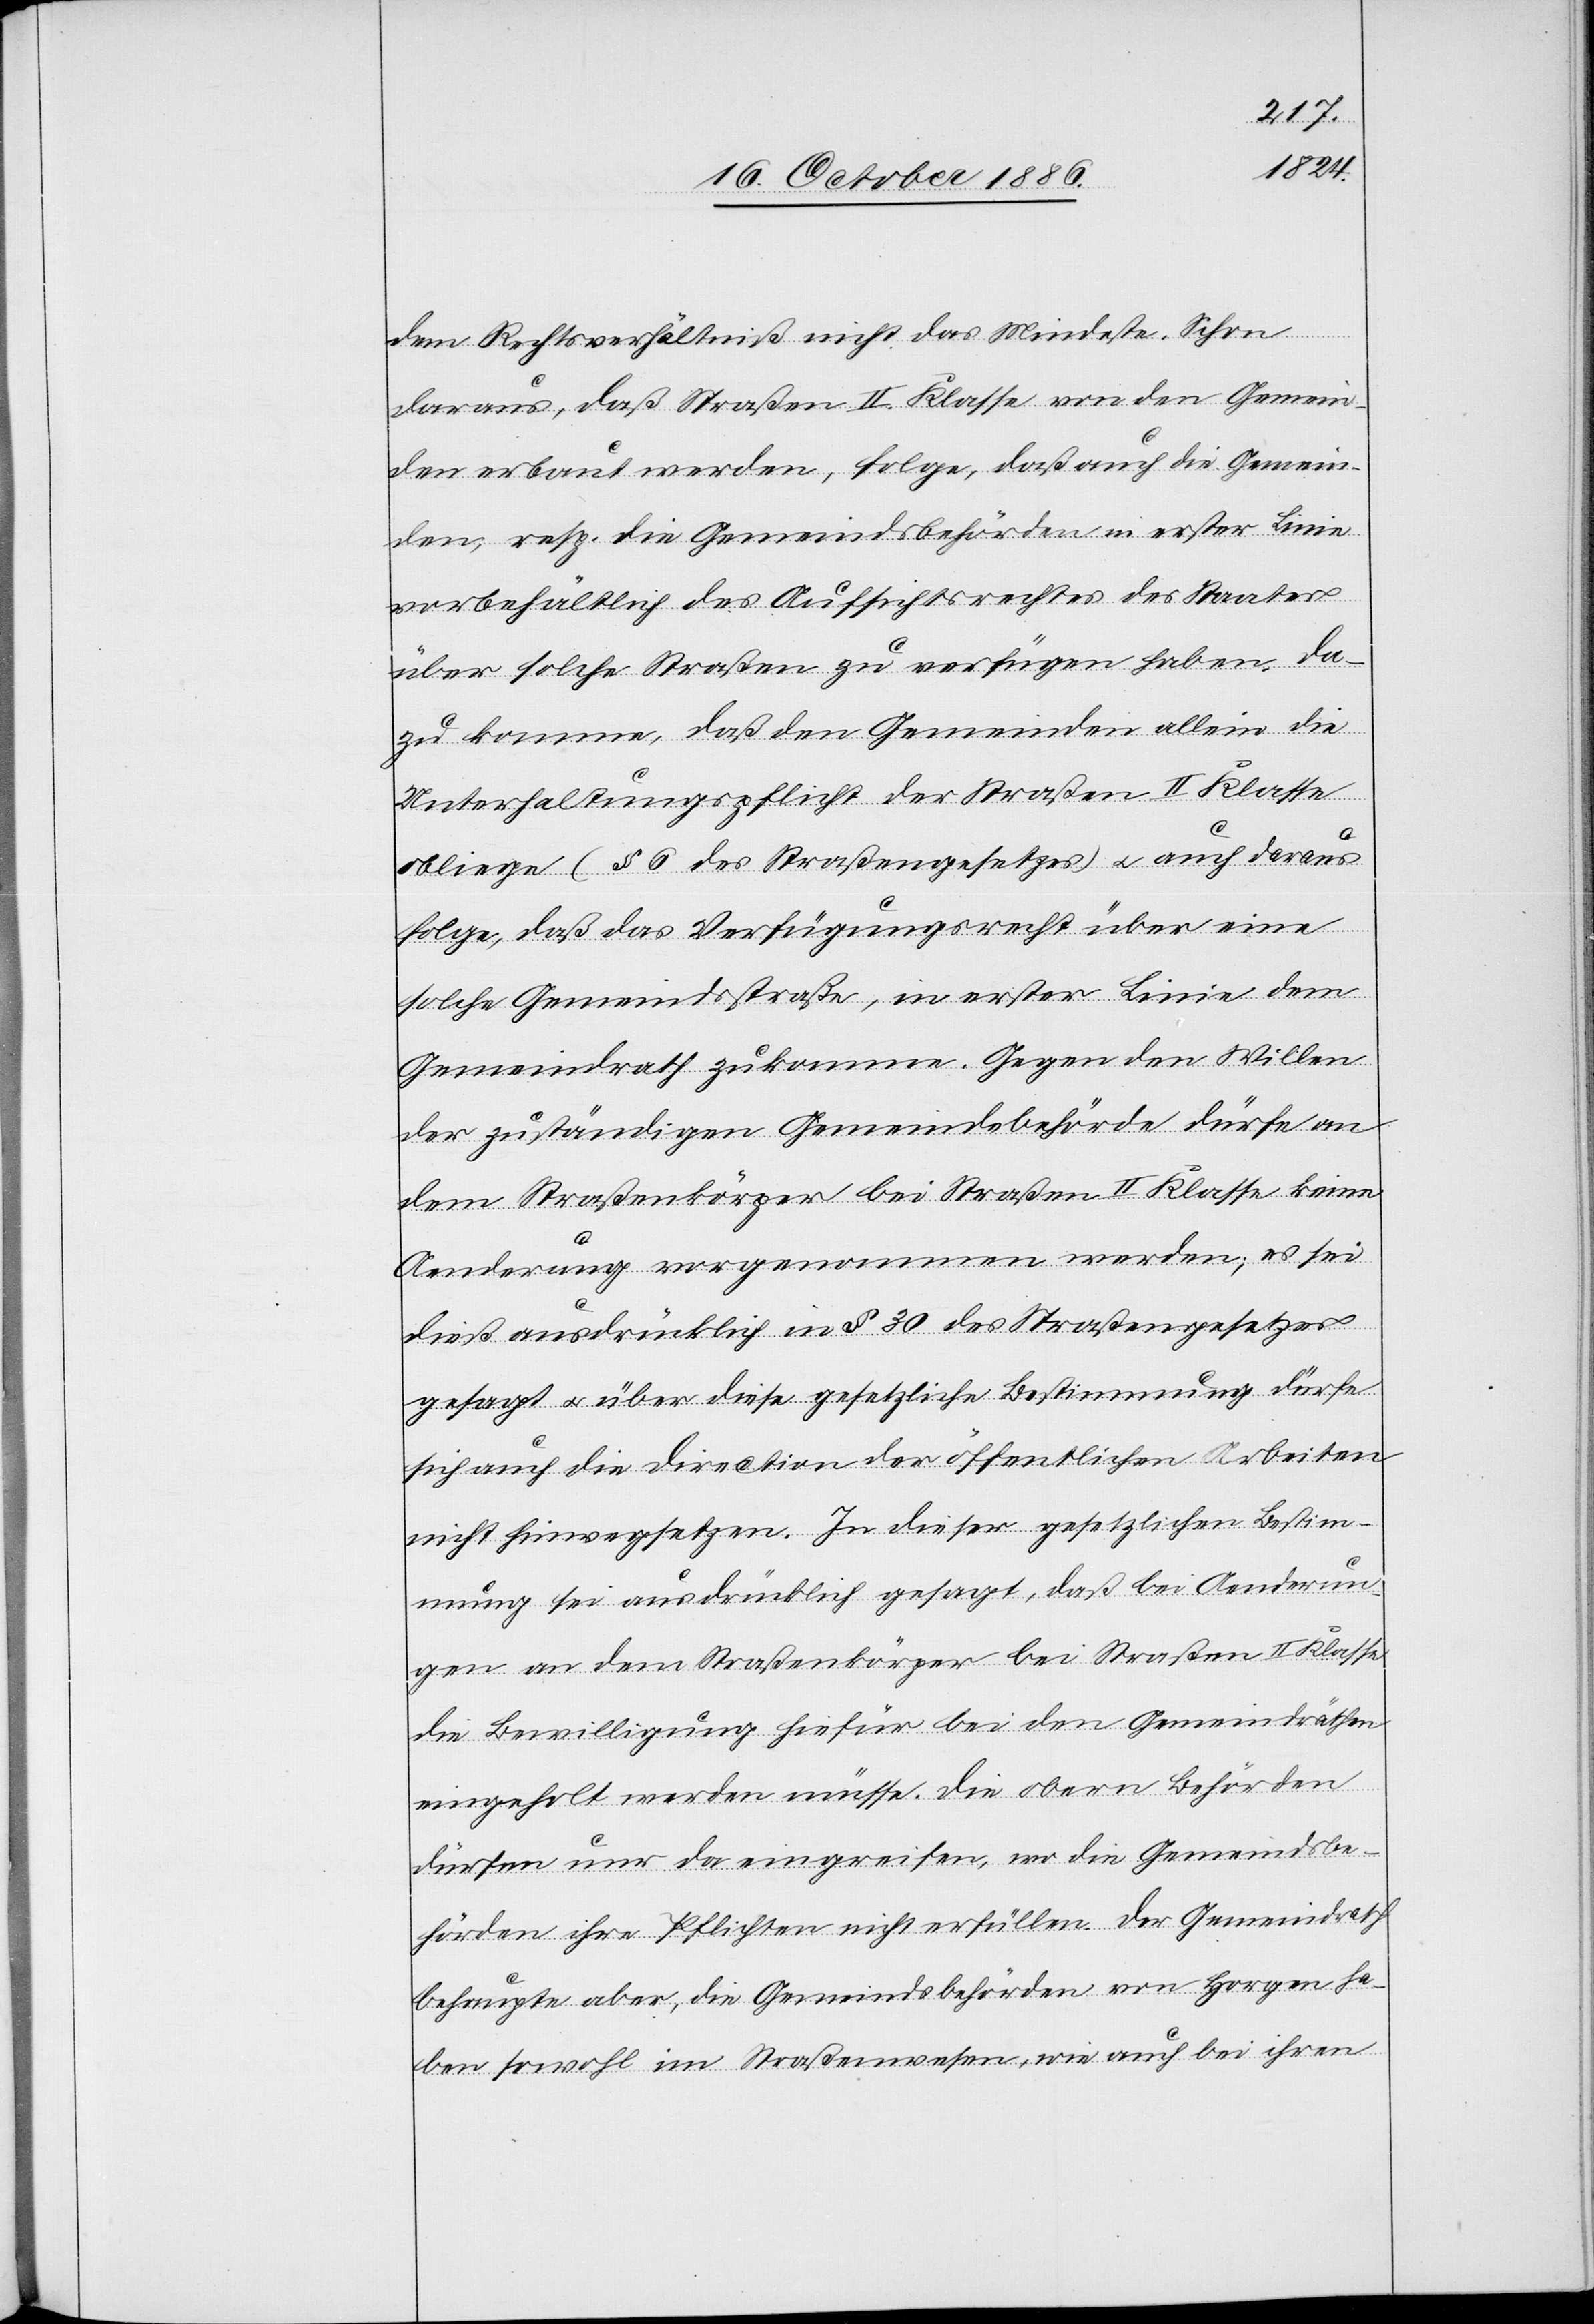
dem Rechtsverhältniß nicht das Mindeste. Schon
daraus, daß Straßen II. Klasse von den Gemein¬
den erbaut werden, folge, daß auch die Gemein¬
den, resp. die Gemeindsbehörden in erster Linie
vorbehältlich des Aufsichtsrechtes des Staates
über solche Straßen zu verfügen haben. Da¬
zu komme, daß den Gemeinden allein die
Unterhaltungspflicht der Straßen II. Klasse
obliege (§ 6 des Straßengesetzes) & auch daraus
folge, daß das Verfügungsrecht über eine
solche Gemeindsstraße, in erster Linie dem
Gemeindrath zukomme. Gegen den Willen
der zuständigen Gemeindsbehörde dürfe an
dem Straßenkörper bei Straßen II. Klasse keine
Aenderung vorgenommen werden; es sei
dieß ausdrücklich in § 30 des Straßengesetzes
gesagt & über diese gesetzliche Bestimmung dürfe
sich auch die Direction der öffentlichen Arbeiten
nicht hinwegsetzen. In dieser gesetzlichen Bestim¬
mung sei ausdrücklich gesagt, daß bei Aenderun¬
gen an dem Straßenkörper bei Straßen II. Klasse
die Bewilligung hiefür bei den Gemeindräthen
eingeholt werden müsse. Die obern Behörden
dürfen nur da eingreifen, wo die Gemeindsbe¬
hörden ihre Pflichten nicht erfüllen. Der Gemeindrath
behaupte aber, die Gemeindsbehörden von Horgen ha¬
ben sowohl im Straßenwesen, wie auch bei ihren